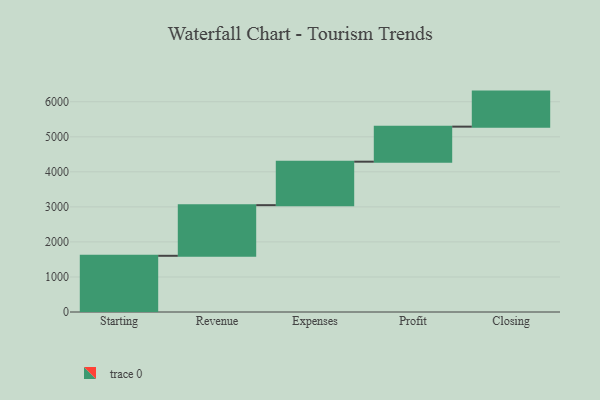
{"axis": {"x": "Step", "y": "Value"}, "legend": [""], "data": [{"x": "Starting", "y": 1604.0, "type": ""}, {"x": "Revenue", "y": 1445.0, "type": ""}, {"x": "Expenses", "y": 1241.0, "type": ""}, {"x": "Profit", "y": 1000, "type": ""}, {"x": "Closing", "y": 1000, "type": ""}]}